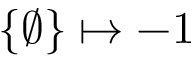
\{ \emptyset \} \mapsto - 1